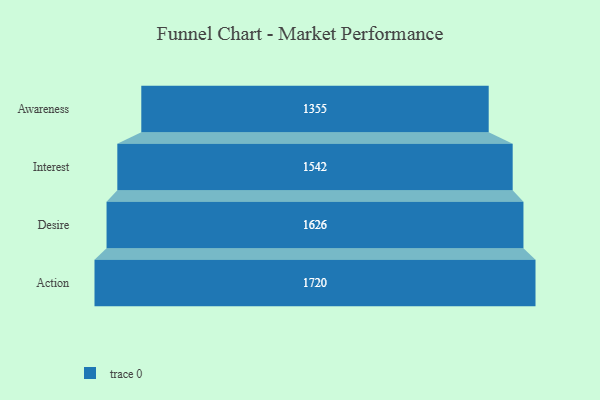
{"axis": {"x": "Stage", "y": "Value"}, "legend": [""], "data": [{"x": "Awareness", "y": 1355.0, "type": ""}, {"x": "Interest", "y": 1542.0, "type": ""}, {"x": "Desire", "y": 1626.0, "type": ""}, {"x": "Action", "y": 1720.0, "type": ""}]}